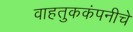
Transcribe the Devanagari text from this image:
वाहतुककंपनीचे